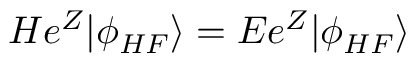
H e ^ { Z } | \phi _ { H F } \rangle = E e ^ { Z } | \phi _ { H F } \rangle